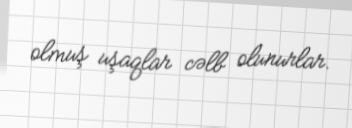
olmuş uşaqlar cəlb olunurlar.